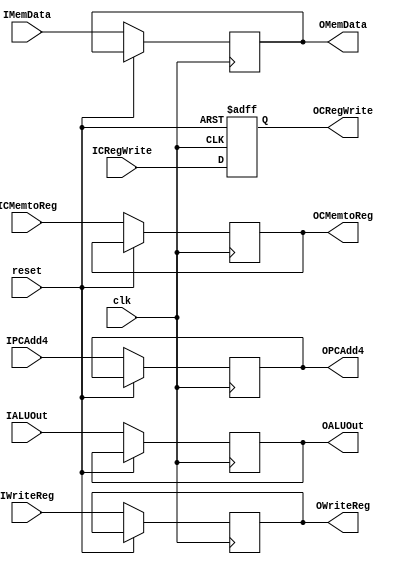
module RegMEMWB (clk,
                 reset,
                 IMemData,
                 IALUOut,
                 IWriteReg,
                 IPCAdd4,
                 ICRegWrite,
                 ICMemtoReg,
                 OMemData,
                 OALUOut,
                 OWriteReg,
                 OPCAdd4,
                 OCRegWrite,
                 OCMemtoReg);
    input clk, reset;
    input [31:0] IMemData, IALUOut, IPCAdd4;
    input [4:0] IWriteReg;
    input [1:0] ICMemtoReg;
    input ICRegWrite;
    // input CFlush;
    output reg [31:0] OMemData, OALUOut, OPCAdd4;
    output reg [4:0] OWriteReg;
    output reg [1:0] OCMemtoReg;
    output reg OCRegWrite;
    
    always @(posedge clk or posedge reset) begin
        if (reset) begin
            OCRegWrite <= 0;
            // end else if (CFlush) begin
            // OCRegWrite <= 0;
            end else begin
            OMemData   <= IMemData;
            OALUOut    <= IALUOut;
            OWriteReg  <= IWriteReg;
            OPCAdd4    <= IPCAdd4;
            OCRegWrite <= ICRegWrite;
            OCMemtoReg <= ICMemtoReg;
        end
    end
    
endmodule